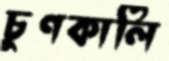
চুণকালি